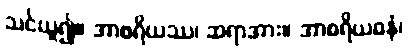
သင်ယူ၍။ အာစရိယဿ၊ ဆရာအား။ အာစရိယဓနံ၊